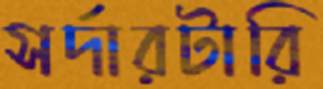
সর্দারটারি